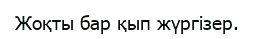
Жоқты бар қып жүргізер.